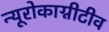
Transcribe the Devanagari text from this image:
न्यूरोकाग्नीटीव